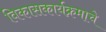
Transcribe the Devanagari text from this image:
विकासकार्यक्रमाचे